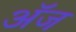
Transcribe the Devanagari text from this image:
अॅज